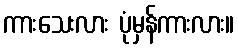
ကားသေးလား ပုံမှန်ကားလား။